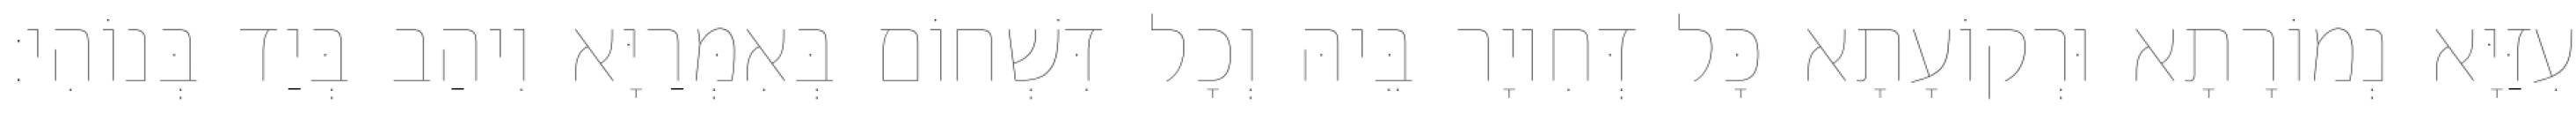
עִזַּיָּא נְמוֹרָתָא וּרְקוֹעָתָא כָּל דְּחִיוָר בֵּיהּ וְכָל דִּשְׁחוֹם בְּאִמְּרַיָּא וִיהַב בְּיַד בְּנוֹהִי׃